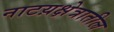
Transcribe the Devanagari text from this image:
नाटय़क्षेत्रातील